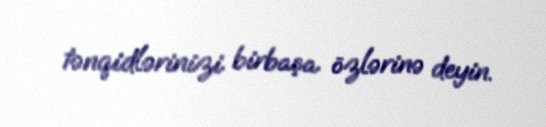
tənqidlərinizi birbaşa özlərinə deyin.